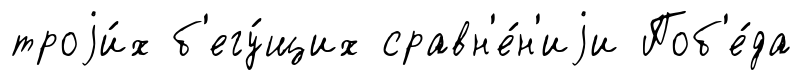
троjи́х б'егу́щих сравн'е́н'иjи Поб'е́да